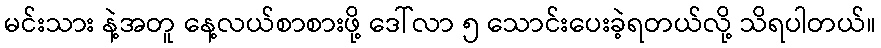
မင်းသား နဲ့အတူ နေ့လယ်စာစားဖို့ ဒေါ်လာ ၅ သောင်းပေးခဲ့ရတယ်လို့ သိရပါတယ်။